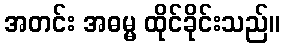
အတင်း အဓမ္မ ထိုင်ခိုင်းသည်။